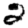
Digit: 2